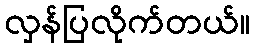
လှန်ပြလိုက်တယ်။